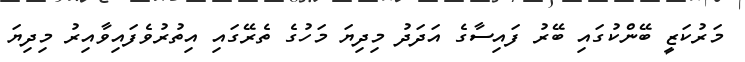
މަރުކަޒީ ބޭންކުގައި ބޭރު ފައިސާގެ އަދަދު މިދިޔަ މަހުގެ ތެރޭގައި އިތުރުވެފައިވާއިރު މިދިޔަ